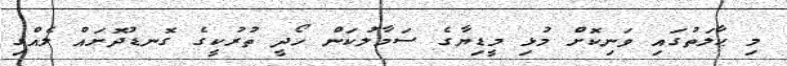
މި ޙާލަތުގައި ވަނިކޮށް މުޅި މީޑިޔާގެ ސަމާލުކަން ހޯދީ ތުރުކީގެ ގޮނޑުދޮށައް ލެއްގި